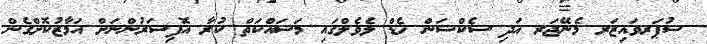
ސުޕަރވައިޒަރ މެނޭޖަރ އަދި ސެކްޝަން ހެޑް ލެވެލްގައި މަސައްކަތް ކުރާ އޮފިސަރުންނަށް އަމާޒުކޮށްގެން